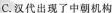
C.汉代出现了中朝机构